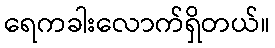
ရေကခါးလောက်ရှိတယ်။